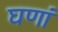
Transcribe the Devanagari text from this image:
घणां